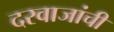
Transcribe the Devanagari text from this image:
दरवाजांची